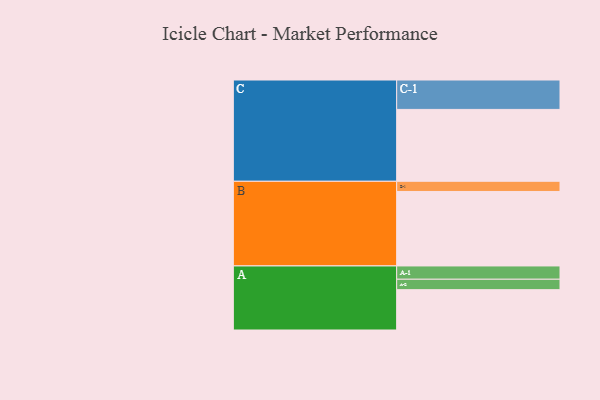
{"axis": {"x": "Segment", "y": "Value"}, "legend": ["", "A", "B", "C"], "data": [{"x": "A", "y": 325, "type": ""}, {"x": "B", "y": 600, "type": ""}, {"x": "C", "y": 579, "type": ""}, {"x": "A-1", "y": 107, "type": "A"}, {"x": "A-2", "y": 84, "type": "A"}, {"x": "B-1", "y": 82, "type": "B"}, {"x": "C-1", "y": 237, "type": "C"}]}